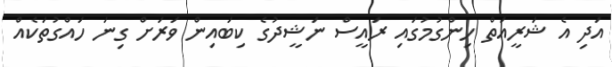
އަދި އެ ޝަރީއަތް ހިންގުމުގައި ރައީސް ނަޝީދުގެ ކިބައިން ވަރަށް ގިނަ ހައްގުތަކެއް